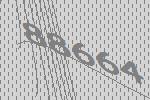
88664